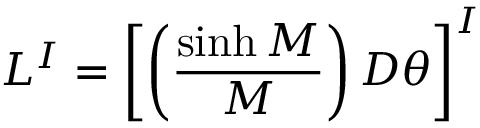
L ^ { I } = \left[ \left( { \frac { \sinh { \cal M } } { \cal M } } \right) D \theta \right] ^ { I }